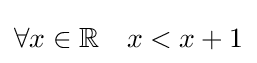
\forall x\in \mathbb {R} \quad x<x+1